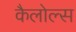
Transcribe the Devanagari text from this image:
कैलोल्स